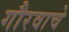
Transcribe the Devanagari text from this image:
गौरवाचे